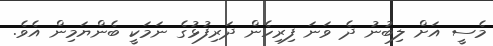
މެސީ އަށް ލިބުނު ދެ ވަނަ ފިރިހެން ދަރިފުޅުގެ ނަމަކީ ބެންޔަމިން އެވެ.